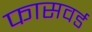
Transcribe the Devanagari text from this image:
फासवर्ड